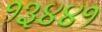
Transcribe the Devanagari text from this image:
१३४४१